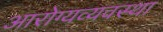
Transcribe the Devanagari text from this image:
आरोग्यव्यवस्था